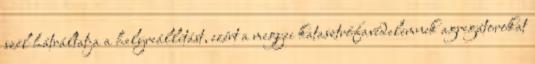
szél hátráltatja a helyreállítást, ezért a megyei katasztrófavédelemnek agregátorokat